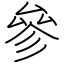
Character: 參